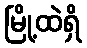
မြို့ထဲရှိ